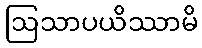
ဩသာပယိဿာမိ